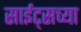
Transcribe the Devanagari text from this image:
साईट्सच्या